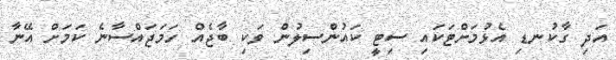
އަދި ގާކުނޑި އެޅުމަށްޓަކައި ސިޓީ ކައުންސިލުން ވަކި ބާޖެއް ހަމަޖައްސާނެ ކަމަށް އޭނާ